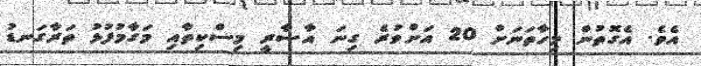
އެވެ. އެގޮތުން މިހާތަނަށް 20 އަށްވުރެ ގިނަ އާސާރީ މިސްކިތާއި މަގާމުފުޅު ތަރާގަނޑު